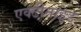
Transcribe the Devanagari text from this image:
एक्टीनाइड